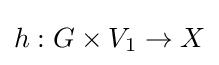
h:G\times V_{1}\to X